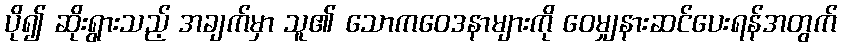
ပို၍ ဆိုးရွားသည့် အချက်မှာ သူ၏ သောကဝေဒနာများကို ဝေမျှနားဆင်ပေးရန်အတွက်